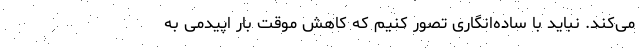
می‌کند. نباید با ساده‌انگاری تصور کنیم که کاهش موقت بار اپیدمی به